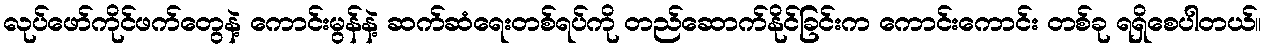
လုပ်ဖော်ကိုင်ဖက်တွေနဲ့ ကောင်းမွန်နဲ့ ဆက်ဆံရေးတစ်ရပ်ကို တည်ဆောက်နိုင်ခြင်းက ကောင်းကောင်း တစ်ခု ရရှိစေပါတယ်။